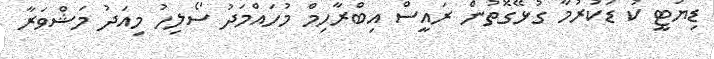
ޑިޔުޓީ ކު ޑަކުރުމާ ގުޅޭގޮތުން ރައީސް އިބްރާހިމް މުހައްމަދު ސޯލިހު މިއަދު މަޝްވަރާ